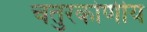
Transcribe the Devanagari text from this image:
चतुरकोणीय